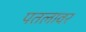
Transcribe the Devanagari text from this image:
पतलावर